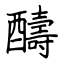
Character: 醻